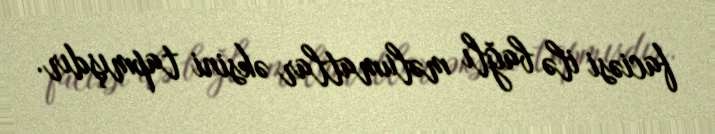
faciəsi ilə bağlı məlumatlar əksini tapmışdır.